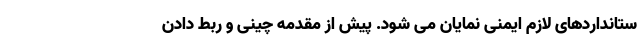
ستانداردهای لازم ایمنی نمایان می شود. پیش از مقدمه چینی و ربط دادن